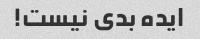
ایده بدی نیست!